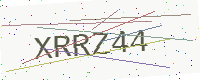
Text: XRRZ44